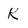
Character: K